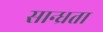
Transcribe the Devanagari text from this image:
सान्ध्रता